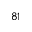
_ { 8 1 }